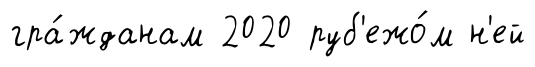
гра́жданам 2020 руб'ежо́м н'ей